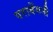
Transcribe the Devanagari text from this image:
पराबेंगनी